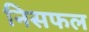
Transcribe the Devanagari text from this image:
निसफल